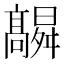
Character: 𮪻